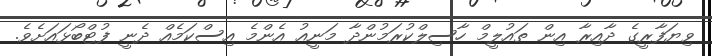
ވިޔަފާރީގެ ދާއިރާ އިން ތައުލީމް ހާސިލްކުރަމުންދާ މަނީއު އެންމެ އިސްކަމެއް ދެނީ ފުޓްބޯޅައަށެވެ.